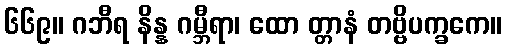
၆၆၉။ ဂဘီရ နိန္န ဂမ္ဘီရာ၊ ထော တ္တာနံ တဗ္ဗိပက္ခကေ။